Report of the Indian Hemp Drugs Commission, 1894-1895 - Volume V
Year: 1894
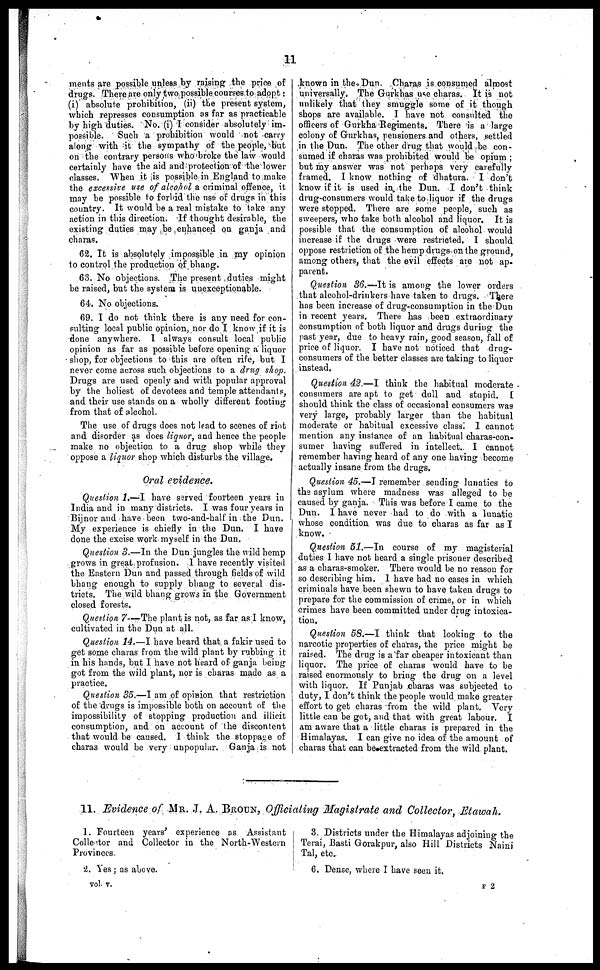
11
ments are possible unless by raising the price of
drugs. There are only two possible courses to adopt:
(i) absolute prohibition, (ii) the present system,
which represses consumption as far as practicable
by high duties. No. (i) I consider absolutely im-
possible. Such a prohibition would not carry
along with it the sympathy of the people, but
on the contrary persons who broke the law would
certainly have the aid and protection of the lower
classes. When it is possible in England to make
the excessive use of alcohol a criminal offence, it
may be possible to forbid the use of drugs in this
country. It would be a real mistake to take any
action in this direction. If thought desirable, the
existing duties may be enhanced on ganja and
charas.
62. It is absolutely impossible in my opinion
to control the production of bhang.
63. No objections. The present duties might
be raised, but the system is unexceptionable.
64. No objections.
69. I do not think there is any need for con-
sulting local public opinion, nor do I know if it is
done anywhere. I always consult local public
opinion as far as possible before opening a liquor
shop, for objections to this are often rife, but I
never come across such objections to a drug shop.
Drugs are used openly and with popular approval
by the holiest of devotees and temple attendants,
and their use stands on a wholly different footing
from that of alcohol.
The use of drugs does not lead to scenes of riot
and disorder as does liquor, and hence the people
make no objection to a drug shop while they
oppose a liquor shop which disturbs the village.
Oral evidence.
Question 1.—I have served fourteen years in
India and in many districts. I was four years in
Bijnor and have been two-and-half in the Dun.
My experience is chiefly in the Dun. I have
done the excise work myself in the Dun.
Question 3.—In the Dun jungles the wild hemp
grows in great profusion. I have recently visited
the Eastern Dun and passed through fields of wild
bhang enough to supply bhang to several dis-
tricts. The wild bhang grows in the Government
closed forests.
Question 7—The plant is not, as far as I know,
cultivated in the Dun at all.
Question 14.—I have heard that a fakir used to
get some charas from the wild plant by rubbing it
in his hands, but I have not heard of ganja being
got from the wild plant, nor is charas made as a
practice.
Question 35.—I am of opinion that restriction
of the drugs is impossible both on account of the
impossibility of stopping production and illicit
consumption, and on account of the discontent
that would be caused. I think the stoppage of
charas would be very unpopular. Ganja is not
known in the Dun. Charas is consumed almost
universally. The Gurkhas use charas. It is not
unlikely that they smuggle some of it though
shops are available. I have not consulted the
officers of Gurkha Regiments. There is a large
colony of Gurkhas, pensioners and others, settled
in the Dun. The other drug that would be con-
sumed if charas was prohibited would be opium;
but my answer was not perhaps very carefully
framed. I know nothing of dhatura. I don't
know if it is used in the Dun. I don't think
drug-consumers would take to liquor if the drugs
were stopped. There are some people, such as
sweepers, who take both alcohol and liquor. It is
possible that the consumption of alcohol would
increase if the drugs were restricted. I should
oppose restriction of the hemp drugs on the ground,
among others, that the evil effects are not ap-
parent.
Question 36.—It is among the lower orders
that alcohol-drinkers have taken to drugs. There
has been increase of drug-consumption in the Dun
in recent years. There has been extraordinary
consumption of both liquor and drags during the
past year, due to heavy rain, good season, fall of
price of liquor. I have not noticed that drug-
consumers of the better classes are taking to liquor
instead.
Question 42.—I think the habitual moderate
consumers are apt to get dull and stupid. £
should think the class of occasional consumers was
very large, probably larger than the habitual
moderate or habitual excessive class. I cannot
mention any instance of an habitual charas-con-
sumer having suffered in intellect. I cannot
remember having heard of any one having become
actually insane from the drugs.
Question 45.—I remember sending lunatics to
the asylum where madness was alleged to be
caused by ganja. This was before I came to the
Dun. I have never had to do with a lunatic
whose condition was due to charas as far as I
know.
Question 51.—In course of my magisterial
duties I have not heard a single prisoner described
as a charas-smoker. There would be no reason for
so describing him. I have had no cases in which
criminals have been shewn to have taken drugs to
prepare for the commission of crime, or in which
crimes have been committed under drug intoxica-
tion.
Question 58.—I think that looking to the
narcotic properties of charas, the price might be
raised. The drug is a far cheaper intoxicant than
liquor. The price of charas would have to be
raised enormously to bring the drug on a level
with liquor. If Punjab charas was subjected to
duty, I don't think the people would make greater
effort to get charas from the wild plant. Very
little can be got, and that with great labour. I
am aware that a little charas is prepared in the
Himalayas. I can give no idea of the amount of
charas that can be extracted from the wild plant.
11. Evidence of MR. J. A. BROUN, Officiating Magistrate and Collector, Etawah.
1. Fourteen years' experience as Assistant
Collector and Collector in the North-Western
Provinces.
2. Yes; as above.
vol. v.
8. Districts under the Himalayas adjoining the
Terai, Basti Gorakpur, also Hill Districts Naini
Tal, etc.
6. Dense, where I have seen it.
F 2